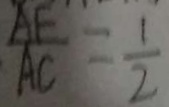
\frac { A E } { A C } = \frac { 1 } { 2 }